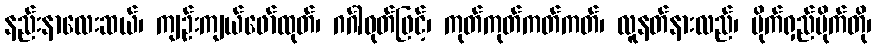
နည်းနာလေးဆယ်၊ ကျဉ်းကျယ်ဖော်ထုတ်၊ ဂင်္ဂါဝုတ်ဖြင့်၊ ကုတ်ကုတ်ကတ်ကတ်၊ လူနတ်နားလည်၊ ပိုက်ရှည်ပိုက်တို၊